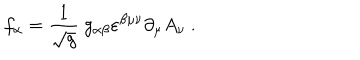
LaTeX: f _ { \alpha } = \frac { 1 } { \sqrt { g } } \ g _ { \alpha \beta } \varepsilon ^ { \beta \mu \nu } \partial _ { \mu } A _ { \nu } \ .